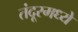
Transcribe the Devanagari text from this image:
तंदूरमध्ये